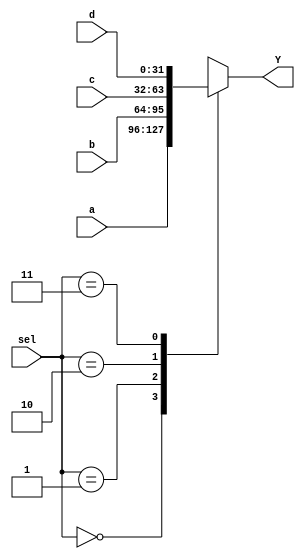
module mux4to1(a,b,c,d,sel,Y);
input[31:0] a,b,c,d;
input[1:0] sel;
output reg[31:0] Y;
always @(*)
begin
	case(sel)
		2'b00:Y=a;
		2'b01:Y=b;
		2'b10:Y=c;
		2'b11:Y=d;
		default:Y=Y;
	endcase
end
endmodule